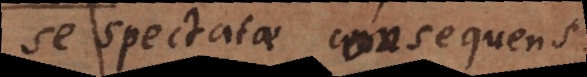
se spectatae consequens.